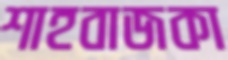
শাহবাজকা